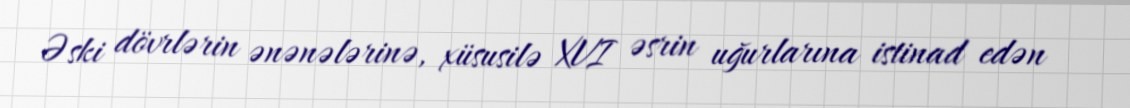
Əski dövrlərin ənənələrinə, xüsusilə XVI əsrin uğurlarına istinad edən